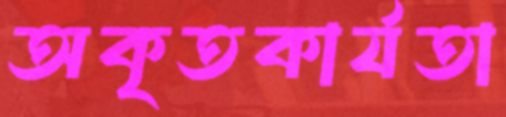
অকৃতকার্যতা